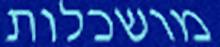
מושכלות